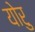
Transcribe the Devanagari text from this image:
योरु